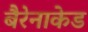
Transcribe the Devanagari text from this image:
बैरेनाकेड